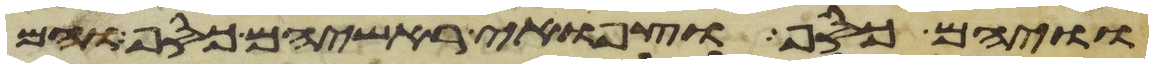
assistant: וויהם כסף וצפוי ראשיהם כסף והם